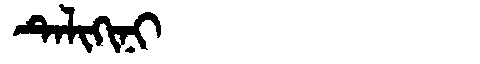
Manchu: ᡨᡝᠯᡳᡴᡳᠨᡳ
Romanization: TELIKINI